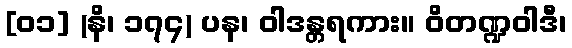
[၀၁] (နိ၊ ၁၇၄) ပန၊ ဝါဒန္တရကား။ ဝိတဏ္ဍဝါဒီ၊